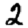
Digit: 2